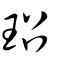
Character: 玿